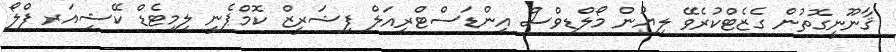
ޤާނޫނީގޮތުން ގެޒެޓްކުރެވޭ ލިޔުން މޯލްޑިވްސް އިންޑަސްޓްރިއަލް ފިޝަރީޒް ކޮމްޕެނީ ލިމިޓެޑް ކޭޝިއަރ ފްލޯ